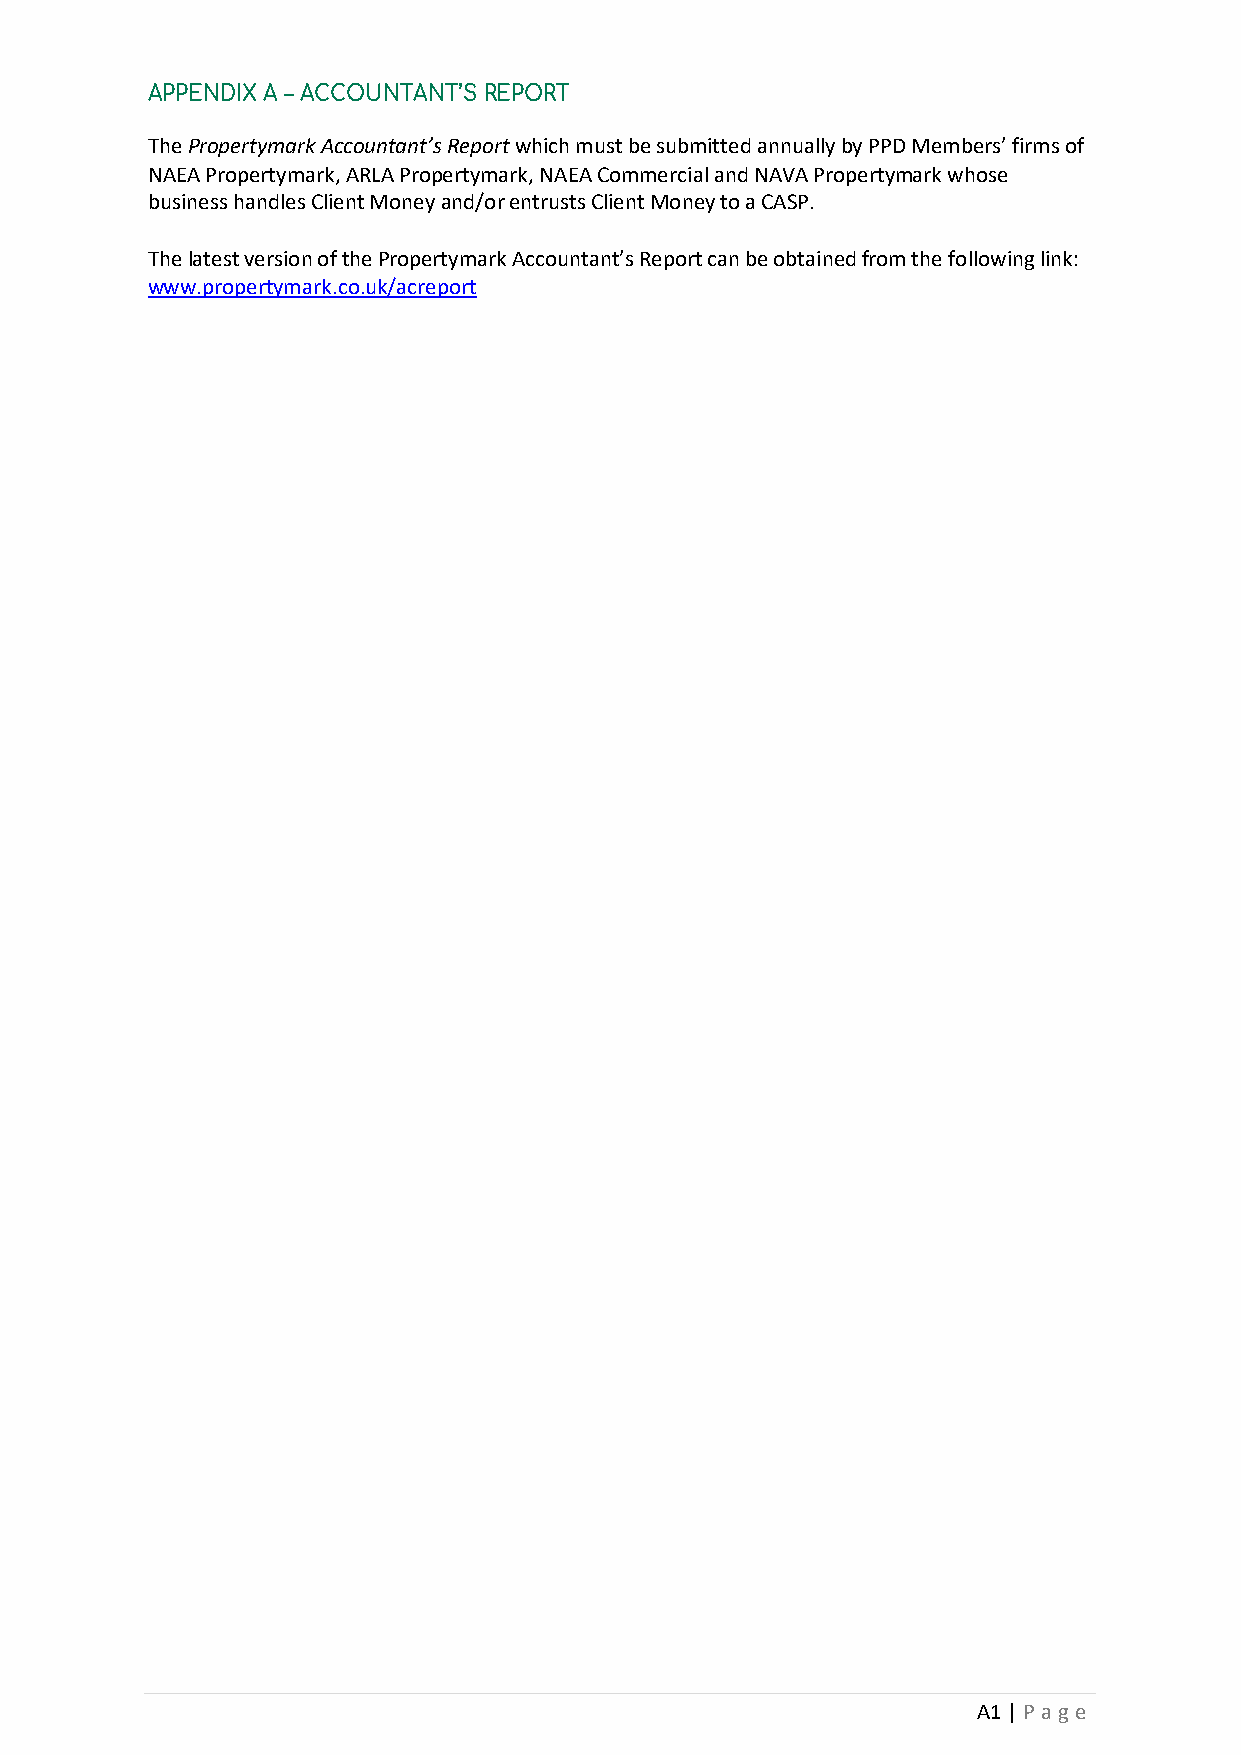
APPENDIX A – ACCOUNTANT’S REPORT
 The Propertymark Accountant’s Report which must be submitted annually by PPD Members’ firms of
 NAEA Propertymark, ARLA Propertymark, NAEA Commercial and NAVA Propertymark whose
 business handles Client Money and/or entrusts Client Money to a CASP.
 The latest version of the Propertymark Accountant’s Report can be obtained from the following link:
 www.propertymark.co.uk/acreport
 A1 | P a g e